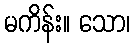
မကိန်း။ သော၊